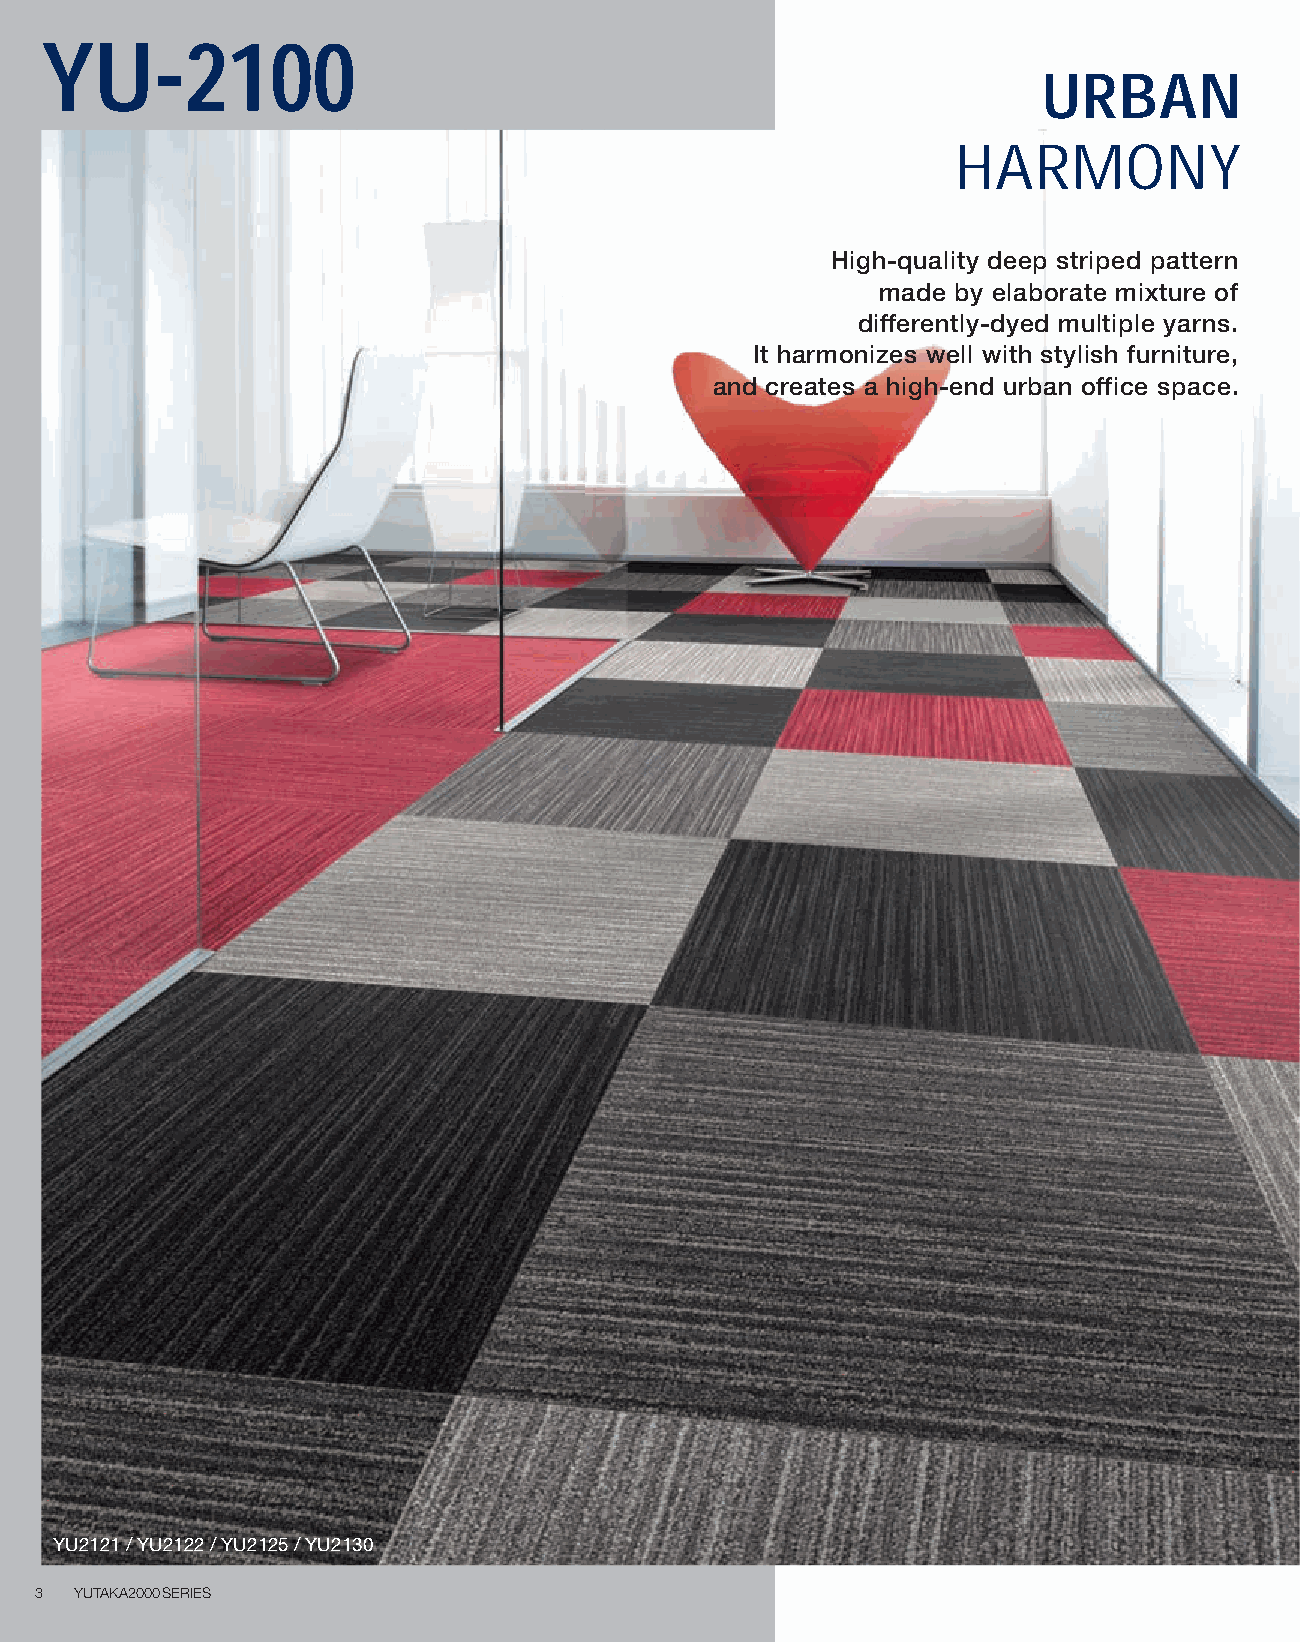
YU-2100
 URBAN
 HARMONY
 High-quality deep striped pattern
 made by elaborate mixture of
 differently-dyed multiple yarns.
 It harmonizes well with stylish furniture,
 and creates a high-end urban office space.
 YU2121 / YU2122 / YU2125 / YU2130
 3  YUTAKA2000SERIES